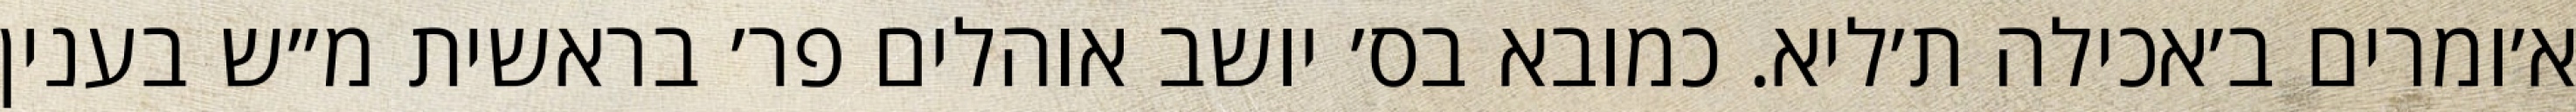
א׳ומרים ב׳אכילה ת׳ליא. כמובא בס׳ יושב אוהלים פר׳ בראשית מ״ש בענין